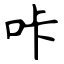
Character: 咔